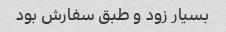
بسیار زود و طبق سفارش بود